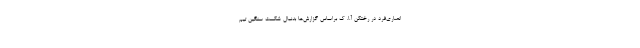
انصاری‌فرد در رختکن آ.ا. ک براساس گزارش‌ها بدنبال شکست سنگین تیم